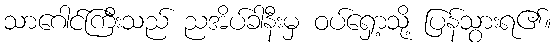
သာဂေါင်ကြီးသည် ညအိပ်ခါနီးမှ ဝပ်ရှော့သို့ ပြန်သွားရ၏။